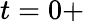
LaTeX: t=0+